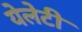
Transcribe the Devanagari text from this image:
येलेटी